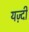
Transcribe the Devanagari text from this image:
यज़्दी